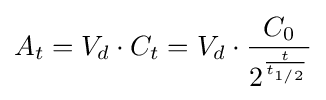
A_{t}=V_{d}\cdot C_{t}=V_{d}\cdot {\frac {C_{0}}{2^{\frac {t}{t_{1/2}}}}}